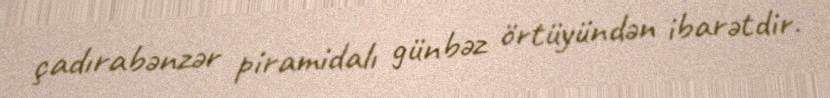
çadırabənzər piramidalı günbəz örtüyündən ibarətdir.